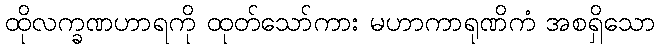
ထိုလက္ခဏဟာရကို ထုတ်သော်ကား မဟာကာရုဏိကံ အစရှိသော